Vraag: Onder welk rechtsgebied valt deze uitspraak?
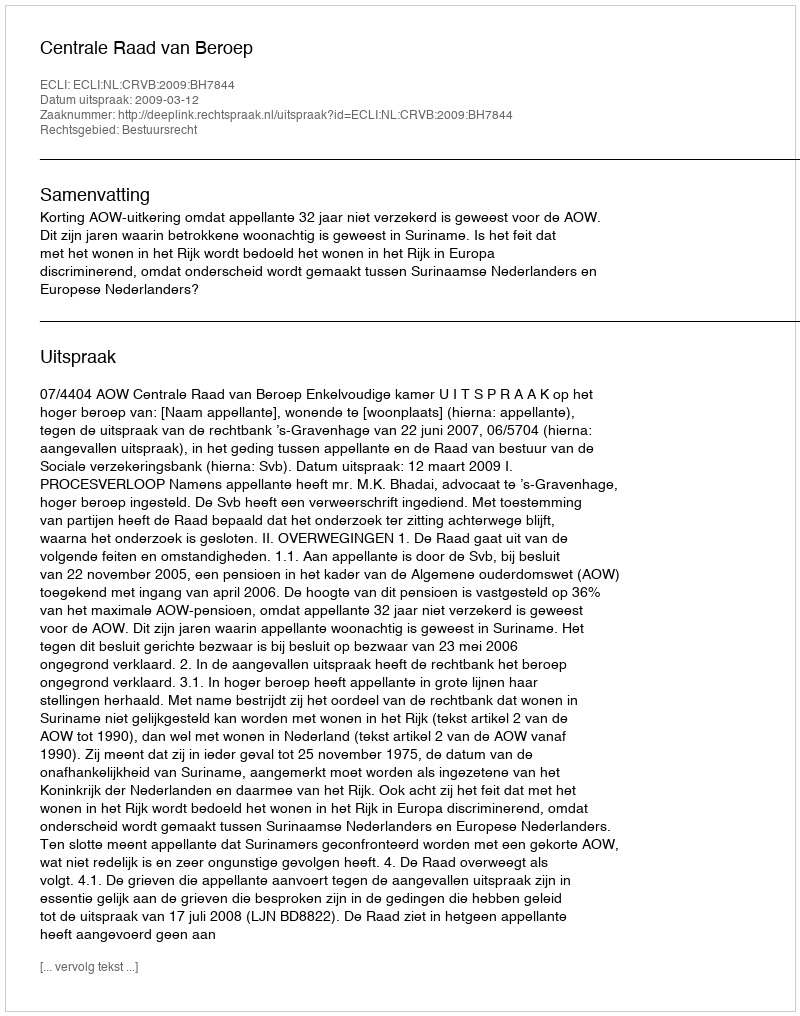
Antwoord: Bestuursrecht